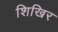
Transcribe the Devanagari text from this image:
शिखिर